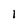
Character: l